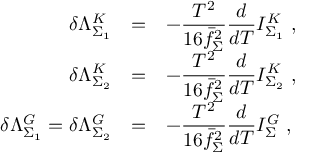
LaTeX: \begin{array} { r c l } { { \delta \Lambda _ { \Sigma _ { 1 } } ^ { K } } } & { { = } } & { { \displaystyle - \frac { T ^ { 2 } } { 1 6 \bar { f } _ { \Sigma } ^ { 2 } } \frac { d } { d T } I _ { \Sigma _ { 1 } } ^ { K } ~ , } } \\ { { \delta \Lambda _ { \Sigma _ { 2 } } ^ { K } } } & { { = } } & { { \displaystyle - \frac { T ^ { 2 } } { 1 6 \bar { f } _ { \Sigma } ^ { 2 } } \frac { d } { d T } I _ { \Sigma _ { 2 } } ^ { K } ~ , } } \\ { { \delta \Lambda _ { \Sigma _ { 1 } } ^ { G } = \delta \Lambda _ { \Sigma _ { 2 } } ^ { G } } } & { { = } } & { { \displaystyle - \frac { T ^ { 2 } } { 1 6 \bar { f } _ { \Sigma } ^ { 2 } } \frac { d } { d T } I _ { \Sigma } ^ { G } ~ , } } \end{array}